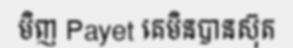
មិញ Payet គេមិនបានស៊ុត